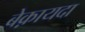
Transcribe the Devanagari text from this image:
बेक़ायदा